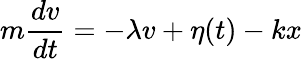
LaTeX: m{\frac{dv}{dt}}=-\lambda v+\eta(t)-kx